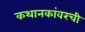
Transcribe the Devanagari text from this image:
कथानकांवरची